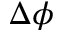
\Delta \phi